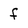
Character: f